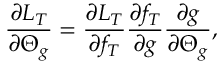
\frac { \partial L _ { T } } { \partial \boldsymbol { \Theta } _ { g } } = \frac { \partial L _ { T } } { \partial f _ { T } } \frac { \partial f _ { T } } { \partial g } \frac { \partial g } { \partial \boldsymbol { \Theta } _ { g } } ,